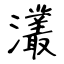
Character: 灇